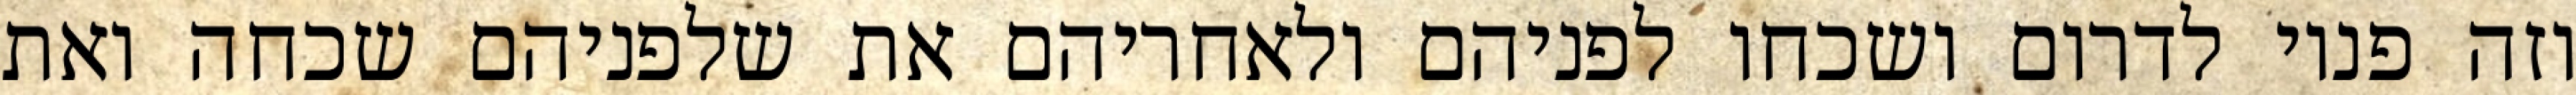
וזה פניו לדרום ושכחו לפניהם ולאחריהם את שלפניהם שכחה ואת